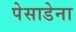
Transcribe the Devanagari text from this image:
पेसाडेना